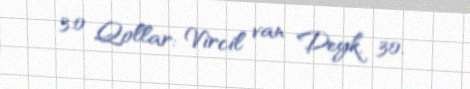
3:0 Qollar: Vircil van Deyk, 30.